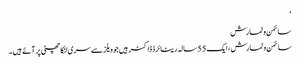
‘
سائمن وٹمارش
سائمن وٹمارش، ایک 55 سالہ ریٹائرڈ ڈاکٹر ہیں جو ویلز سے سری لنکا چھٹی پر آئے ہیں۔